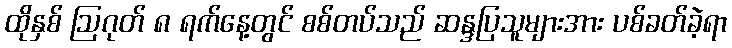
ထိုနှစ် ဩဂုတ် ၈ ရက်နေ့တွင် စစ်တပ်သည် ဆန္ဒပြသူများအား ပစ်ခတ်ခဲ့ရာ